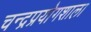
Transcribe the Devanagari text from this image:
चन्द्रप्रयोगशाला